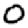
Digit: 0